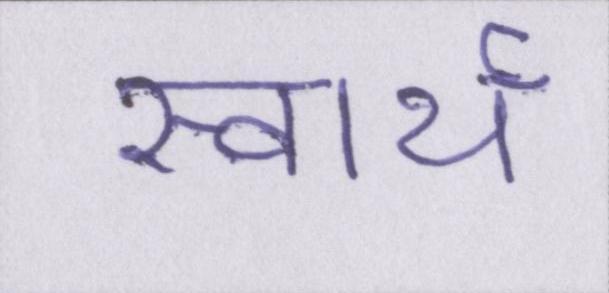
स्वार्थ